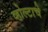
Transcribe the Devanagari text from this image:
व्होल्टाचे